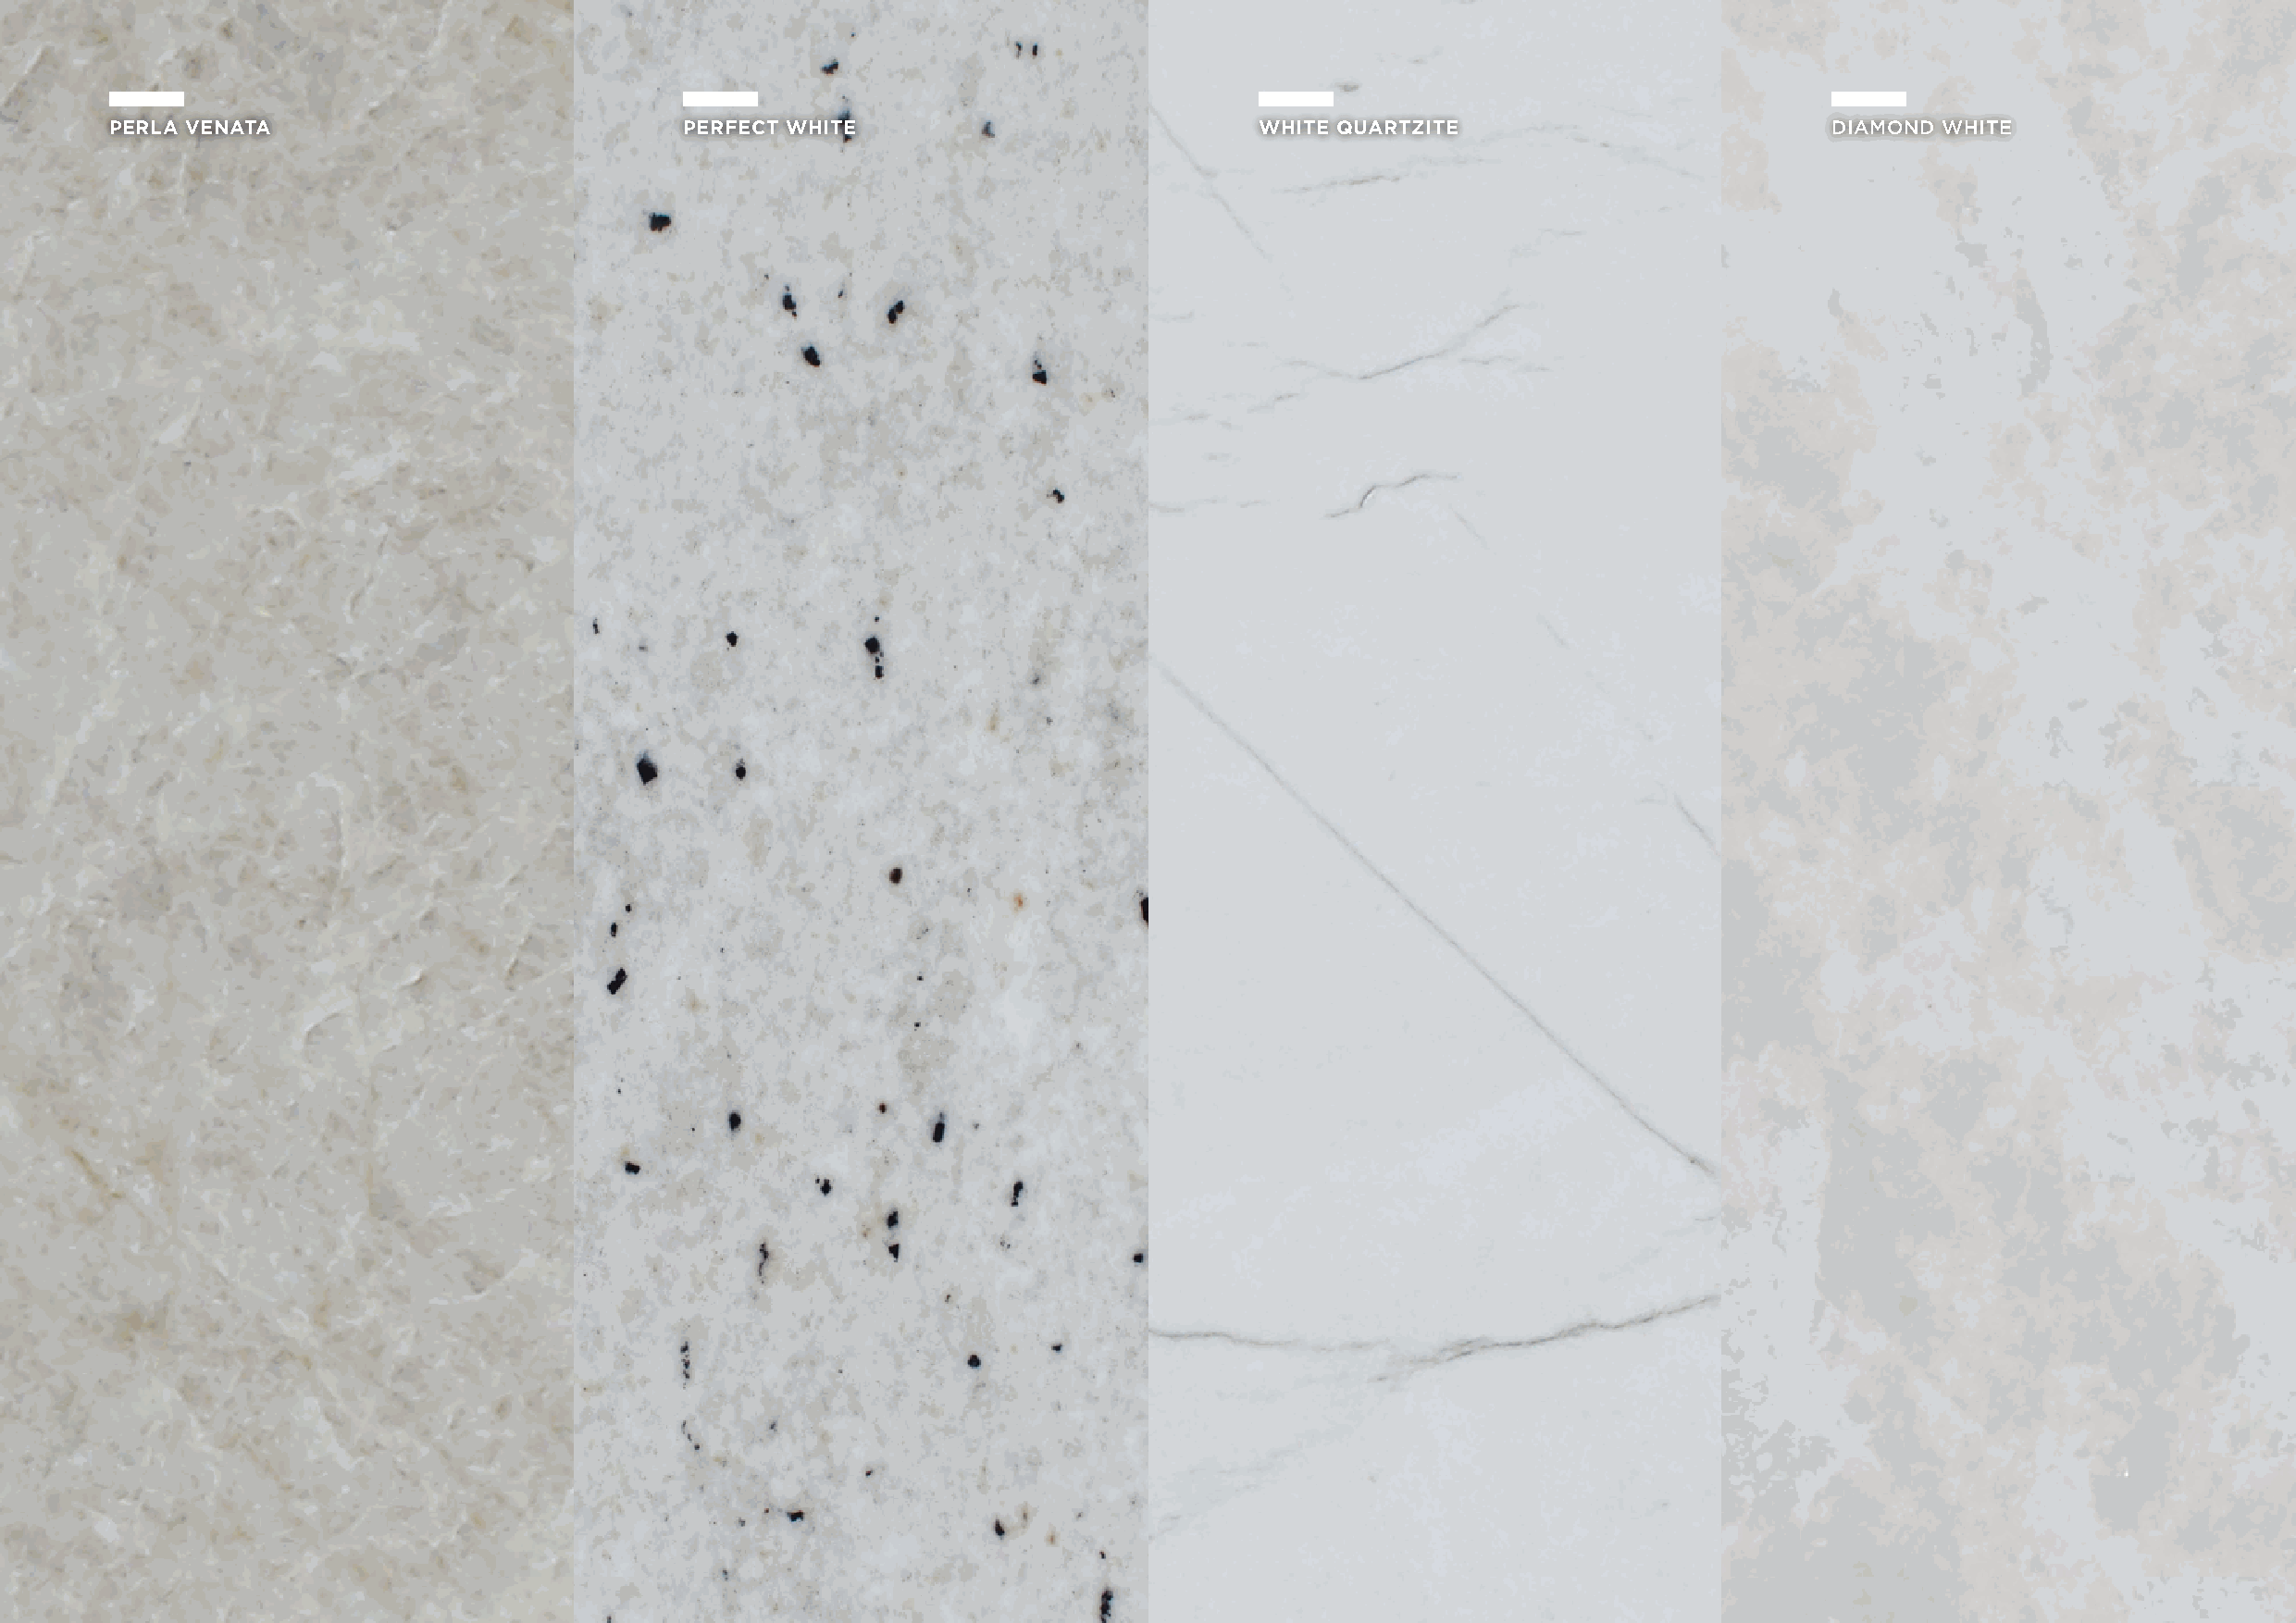
PERLA VENATA                             PERFECT WHITE                            WHITE QUARTZITE                          DIAMOND WHITE